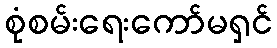
စုံစမ်းရေးကော်မရှင်